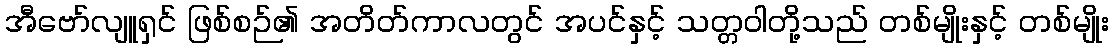
အီဗော်လျူရှင် ဖြစ်စဉ်၏ အတိတ်ကာလတွင် အပင်နှင့် သတ္တဝါတို့သည် တစ်မျိုးနှင့် တစ်မျိုး